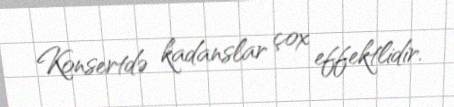
Konsertdə kadanslar çox effektlidir.